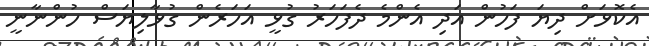
އެކޮޅަށް ދިޔަ ފަހުން އަދި އެންމެ ދެފަހަރު ގުޅީ އަހަރެން ގުޅާލިޔަސް ހުންނާނީ